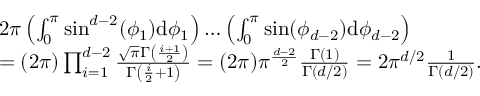
\begin{array} { r l } & { 2 \pi \left( \int _ { 0 } ^ { \pi } \sin ^ { d - 2 } ( \phi _ { 1 } ) \mathrm { d } \phi _ { 1 } \right) \ldots \left( \int _ { 0 } ^ { \pi } \sin ( \phi _ { d - 2 } ) \mathrm { d } \phi _ { d - 2 } \right) } \\ & { = ( 2 \pi ) \prod _ { i = 1 } ^ { d - 2 } \frac { \sqrt { \pi } \Gamma \left( \frac { i + 1 } { 2 } \right) } { \Gamma \left( \frac { i } { 2 } + 1 \right) } = ( 2 \pi ) \pi ^ { \frac { d - 2 } { 2 } } \frac { \Gamma ( 1 ) } { \Gamma ( d / 2 ) } = 2 \pi ^ { d / 2 } \frac { 1 } { \Gamma ( d / 2 ) } . } \end{array}